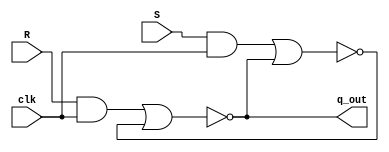
/*--==========================================================================--*/
//--================================ VERILOG ===================================--
//--============================================================================--
//--                                                                            --
//-- FILE NAME: rs_latch.v                                                      --
//--                                                                            --
//-- DATE: 9/10/2012                                                            --
//--                                                                            --
//-- DESIGNER: Samir Silbak                                                     --
//--           silbak04@gmail.com                                               --
//--                                                                            --
//-- DESCRIPTION: rs latch                                                      --
//--                                                                            --
//--============================================================================--
//--================================ VERILOG ===================================--
/*--===========================================================================--*/

module rs_latch (
    input clk, R, S,
    output q_out
);

    wire R_g, S_g, q, q_not; /* synthesis keep */ 

    and (R_g, R, clk);
    and (S_g, S, clk);
    nor (q, R_g, q_not);
    nor (q_not, S_g, q);

    assign q_out = q;

endmodule